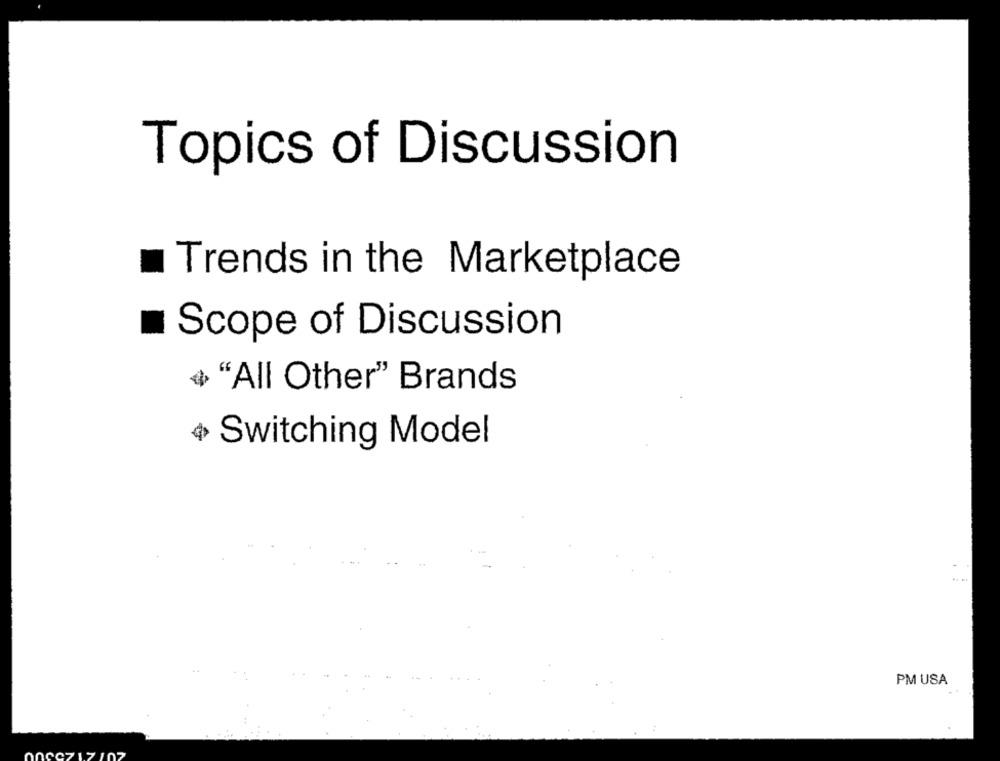
Topics of Discussion
Trends in the Marketplace
Scope of Discussion
" "All Other" Brands
+ Switching Model
PM USA